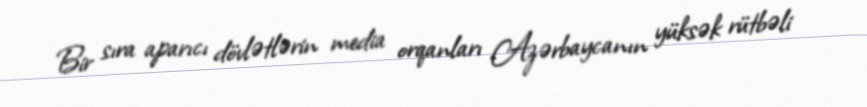
Bir sıra aparıcı dövlətlərin media orqanları Azərbaycanın yüksək rütbəli